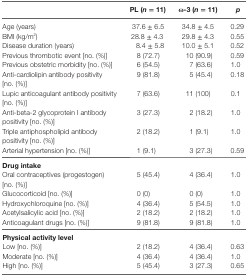
<table><thead><tr><td></td><td><b>PL (<i>n</i> = 11)</b></td><td><b>ω-3 (<i>n</i> = 11)</b></td><td><b><i>p</i></b></td></tr></thead><tbody><tr><td>Age (years)</td><td>37.6 ± 6.5</td><td>34.8 ± 4.5</td><td>0.29</td></tr><tr><td>BMI (kg/m<sup>2</sup>)</td><td>28.8 ± 4.3</td><td>29.8 ± 4.3</td><td>0.55</td></tr><tr><td>Disease duration (years)</td><td>8.4 ± 5.8</td><td>10.0 ± 5.1</td><td>0.52</td></tr><tr><td>Previous thrombotic event [no. (%)]</td><td>8 (72.7)</td><td>10 (90.9)</td><td>0.59</td></tr><tr><td>Previous obstetric morbidity [no. (%)]</td><td>6 (54.5)</td><td>7 (63.6)</td><td>1.0</td></tr><tr><td>Anti-cardiolipin antibody positivity [no. (%)]</td><td>9 (81.8)</td><td>5 (45.4)</td><td>0.18</td></tr><tr><td>Lupic anticoagulant antibody positivity [no. (%)]</td><td>7 (63.6)</td><td>11 (100)</td><td>0.1</td></tr><tr><td>Anti-beta-2 glycoprotein I antibody positivity [no. (%)]</td><td>3 (27.3)</td><td>2 (18.2)</td><td>1.0</td></tr><tr><td>Triple antiphospholipid antibody positivity [no. (%)]</td><td>2 (18.2)</td><td>1 (9.1)</td><td>1.0</td></tr><tr><td>Arterial hypertension [no. (%)]</td><td>1 (9.1)</td><td>3 (27.3)</td><td>0.59</td></tr><tr><td colspan="4"><b>Drug intake</b></td></tr><tr><td>Oral contraceptives (progestogen) [no. (%)]</td><td>5 (45.4)</td><td>4 (36.4)</td><td>1.0</td></tr><tr><td>Glucocorticoid [no. (%)]</td><td>0 (0)</td><td>0 (0)</td><td>1.0</td></tr><tr><td>Hydroxychloroquine [no. (%)]</td><td>4 (36.4)</td><td>5 (54.5)</td><td>1.0</td></tr><tr><td>Acetylsalicylic acid [no. (%)]</td><td>2 (18.2)</td><td>2 (18.2)</td><td>1.0</td></tr><tr><td>Anticoagulant drugs [no. (%)]</td><td>9 (81.8)</td><td>9 (81.8)</td><td>1.0</td></tr><tr><td colspan="4"><b>Physical activity level</b></td></tr><tr><td>Low [no. (%)]</td><td>2 (18.2)</td><td>4 (36.4)</td><td>0.63</td></tr><tr><td>Moderate [no. (%)]</td><td>4 (36.4)</td><td>4 (36.4)</td><td>1.0</td></tr><tr><td>High [no. (%)]</td><td>5 (45.4)</td><td>3 (27.3)</td><td>0.65</td></tr></tbody></table>